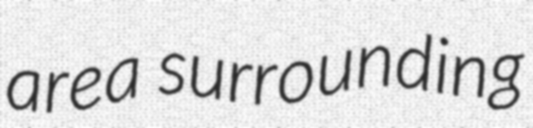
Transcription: area surrounding